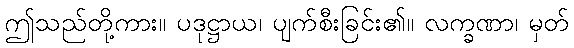
ဤသည်တို့ကား။ ပဒုဋ္ဌာယ၊ ပျက်စီးခြင်း၏။ လက္ခဏာ၊ မှတ်